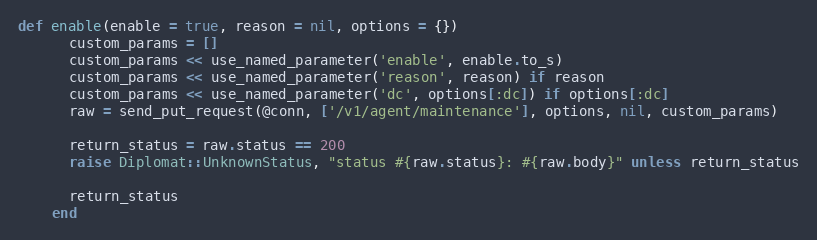
Language: Ruby
def enable(enable = true, reason = nil, options = {})
      custom_params = []
      custom_params << use_named_parameter('enable', enable.to_s)
      custom_params << use_named_parameter('reason', reason) if reason
      custom_params << use_named_parameter('dc', options[:dc]) if options[:dc]
      raw = send_put_request(@conn, ['/v1/agent/maintenance'], options, nil, custom_params)

      return_status = raw.status == 200
      raise Diplomat::UnknownStatus, "status #{raw.status}: #{raw.body}" unless return_status

      return_status
    end